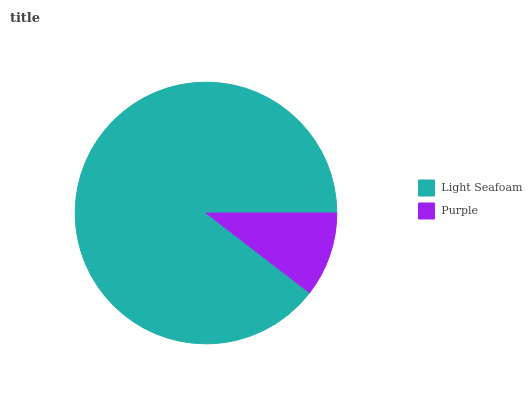
| Light Seafoam | Purple |
 | --- | --- |
 | 89.5% | 10.5% |